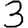
Digit: 3